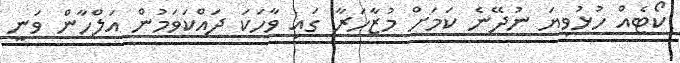
ކޯޓެއް ހުޅުވިޔަ ނުދޭނެ ކަމަށް މުޒާހަރާ ގައި ވާހަކަ ދައްކަވަމުން އަލްހާން ވަނީ